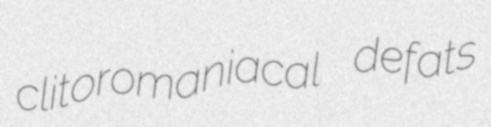
clitoromaniacal defats